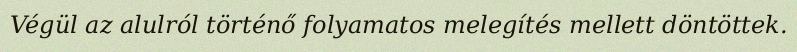
Végül az alulról történő folyamatos melegítés mellett döntöttek.